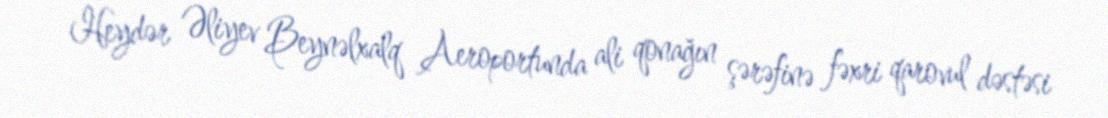
Heydər Əliyev Beynəlxalq Aeroportunda ali qonağın şərəfinə fəxri qarovul dəstəsi